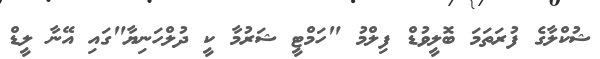
ޝުކްލާގެ ފުރަތަމަ ބޮލީވުޑް ފިލްމު "ހަމްޓީ ޝަރުމާ ކީ ދުލްހަނިޔާ"ގައި އޭނާ ލީޑް